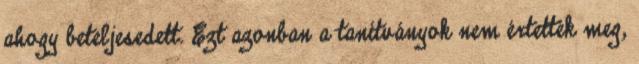
ahogy beteljesedett. Ezt azonban a tanítványok nem értették meg,